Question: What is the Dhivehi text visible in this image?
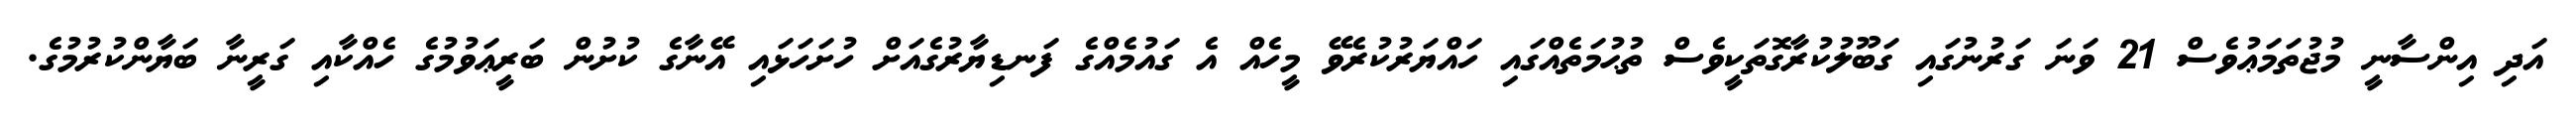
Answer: އަދި އިންސާނީ މުޖުތަމަޢުވެސް 21 ވަނަ ގަރުނުގައި ގަބޫލުކުރާގޮތަކީވެސް ތުޙުމަތެއްގައި ހައްޔަރުކުރެވޭ މީހެއް އެ ގައުމެއްގެ ފަނޑިޔާރުގެއަށް ހުށަހަޅައި އޭނާގެ ކުށުން ބަރީޢަވުމުގެ ހެއްކާއި ގަރީނާ ބަޔާންކުރުމުގެ.